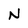
Character: N